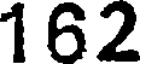
162